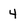
Character: 4